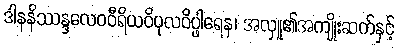
ဒါနနိဿန္ဒလေဝဝီရိယဝိပုလဝိပ္ဖါရေန၊ အလှူ၏အကျိုးဆက်နှင့်